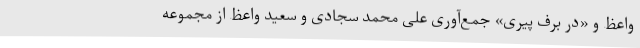
واعظ و «در برف پیری» جمع‌آوری علی محمّد سجّادی و سعید واعظ از مجموعه